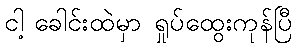
ငါ့ ခေါင်းထဲမှာ ရှုပ်ထွေးကုန်ပြီ